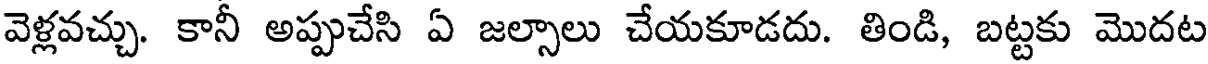
వెళ్లవచ్చు. కానీ అప్పుచేసి ఏ జల్సాలు చేయకూడదు. తిండి, బట్టకు మొదట